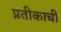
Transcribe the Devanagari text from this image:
प्रतीकाची